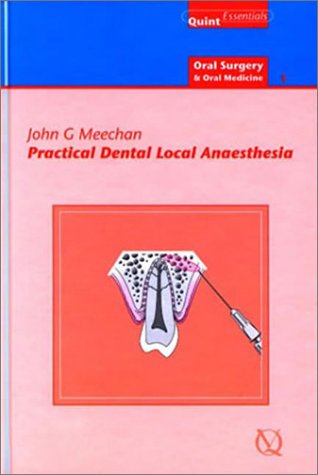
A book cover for Practical Dental Local Anaesthesia (Oral Surgery Volume 1); John G. Meechan; Medical Books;